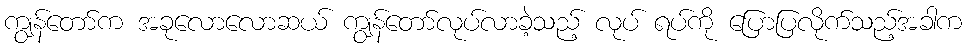
ကျွန်တော်က အခုလောလောဆယ် ကျွန်တော်လုပ်လာခဲ့သည့် လုပ် ရပ်ကို ပြောပြလိုက်သည့်အခါက